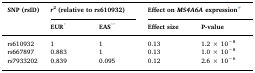
<table><thead><tr><td><b>SNP (rsID)</b></td><td colspan="2"><b><i>r</i><sup>2</sup>(relative to rs610932)</b></td><td colspan="2"><b>Effect on<i>MS4A6A</i>expression#</b></td></tr><tr><td></td><td><b>EUR*</b></td><td><b>EAS**</b></td><td><b>Effect size</b></td><td><b>P-value</b></td></tr></thead><tbody><tr><td>rs610932</td><td>1</td><td>1</td><td>0.13</td><td>1.2 × 10<sup>−8</sup></td></tr><tr><td>rs667897</td><td>0.883</td><td>1</td><td>0.13</td><td>1.0 × 10<sup>−8</sup></td></tr><tr><td>rs7933202</td><td>0.839</td><td>0.095</td><td>0.12</td><td>2.6 × 10<sup>−6</sup></td></tr></tbody></table>